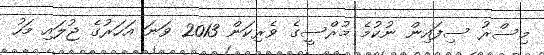
މިސްރު ސިފައިން ނުކުމެ މުރްސީގެ ވެރިކަން 2013 ވަނަ އަހަރުގެ ޖުލައި މަހު